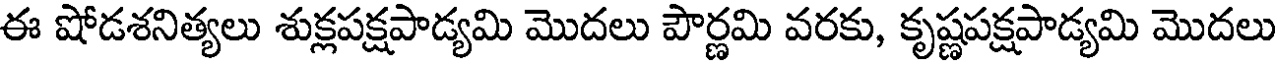
ఈ షోడశనిత్యలు శుక్లపక్షపాడ్యమి మొదలు పౌర్ణమి వరకు, కృష్ణపక్షపాడ్యమి మొదలు